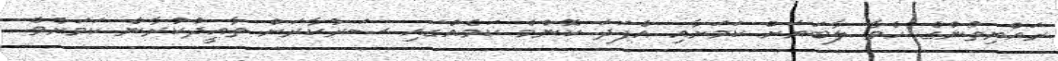
ރައްޔިތުންގެ ހެވާ ލާބަޔަށް ކަމަށާއި އެފަދަ ކޮންމެ ކަމެއްގައި ސަރުކާރަށް ތާއީދުކުރާނެ ކަމަށެވެ.